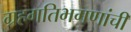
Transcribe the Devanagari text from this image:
ग्रहगतिभगणांची